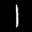
Label: 1